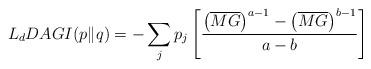
LaTeX: \begin{align*}L_{d}DAGI(p\|q)=-\sum_{j}p_{j}\left[\frac{\left(\overline{MG}\right)^{a-1}-\left(\overline{MG}\right)^{b-1}}{a-b}\right] \end{align*}